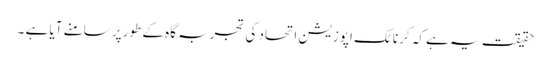
حقیقت یہ ہے کہ کرناٹک اپوزیشن اتحاد کی تجربہ گاہ کے طورپر سامنے آیا ہے ۔